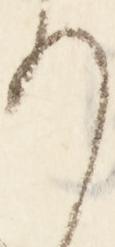
り